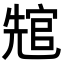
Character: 𭀲